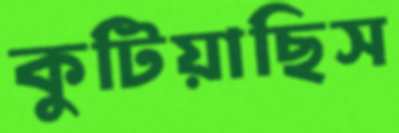
কুটিয়াছিস